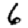
Digit: 6